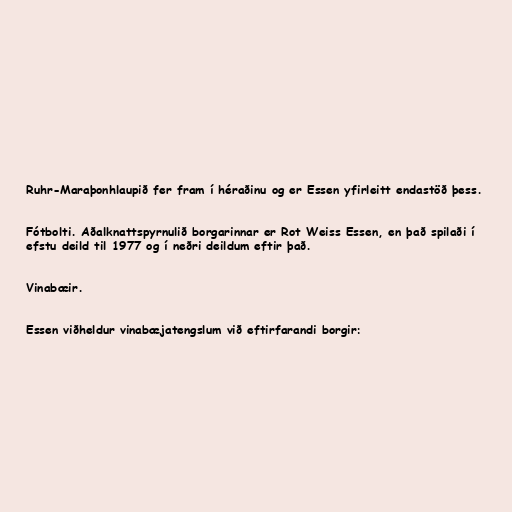
Ruhr-Maraþonhlaupið fer fram í héraðinu og er Essen yfirleitt endastöð þess.

Fótbolti. Aðalknattspyrnulið borgarinnar er Rot Weiss Essen, en það spilaði í
efstu deild til 1977 og í neðri deildum eftir það.

Vinabæir.

Essen viðheldur vinabæjatengslum við eftirfarandi borgir: